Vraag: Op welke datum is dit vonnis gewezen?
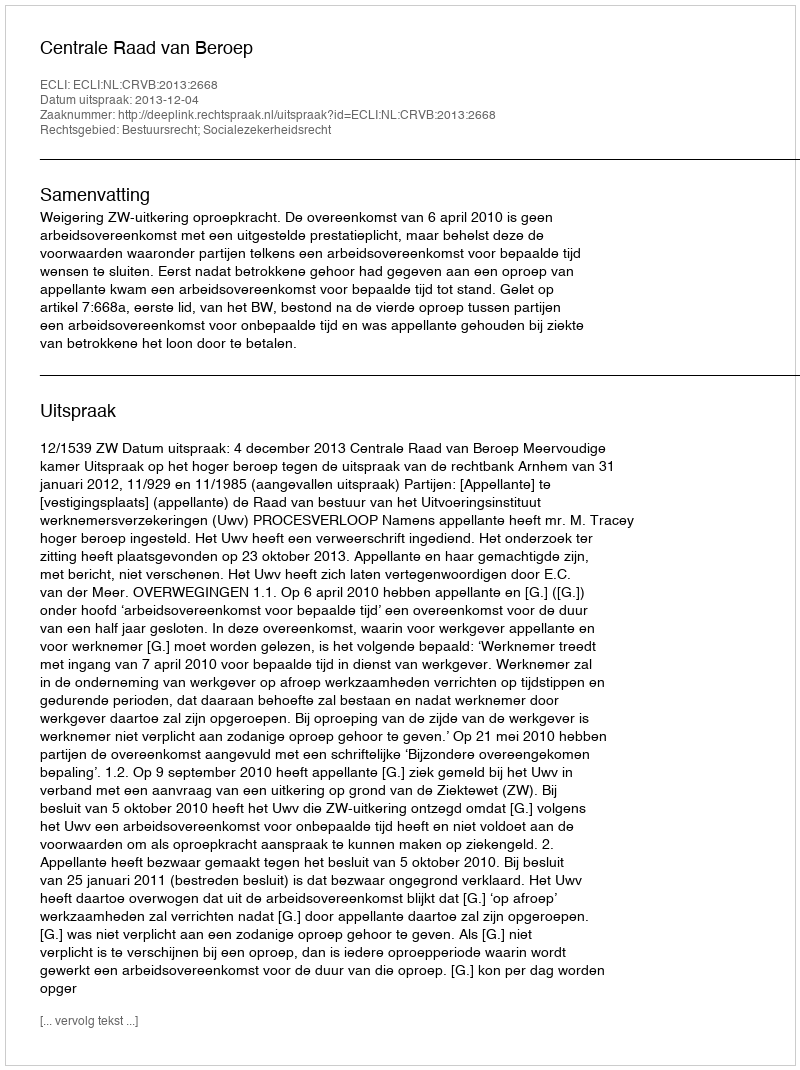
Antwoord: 2013-12-04